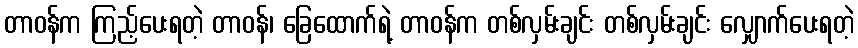
တာဝန်က ကြည့်ပေးရတဲ့ တာဝန်၊ ခြေထောက်ရဲ့ တာဝန်က တစ်လှမ်းချင်း တစ်လှမ်းချင်း လျှောက်ပေးရတဲ့